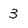
Character: 3